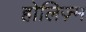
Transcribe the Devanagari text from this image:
होलिज़्म